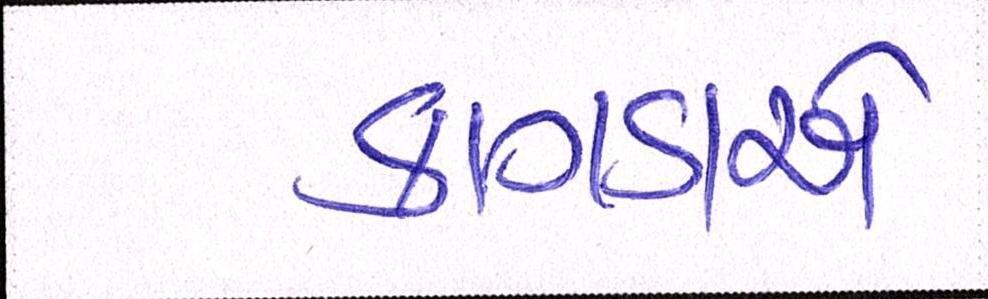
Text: કાગડાએ